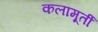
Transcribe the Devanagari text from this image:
कलामूर्ती